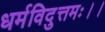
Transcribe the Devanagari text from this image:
धर्मविदुत्तमः।।